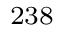
^ { 2 3 8 }